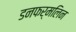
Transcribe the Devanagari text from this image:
डनफर्मलिन